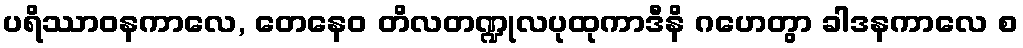
ပရိဿာဝနကာလေ, တေနေဝ တိလတဏ္ဍုလပုထုကာဒီနိ ဂဟေတွာ ခါဒနကာလေ စ